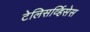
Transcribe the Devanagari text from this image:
टेलिसर्व्हिसेस